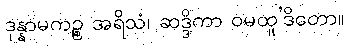
ဒုန္နာမကဉ္စ အရိသံ၊ ဆဒ္ဒိကာ ဝမထူ’ဒိတော။